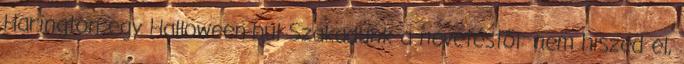
Harington egy Halloween-bul Szakadunk a nevetéstől: nem hiszed el,